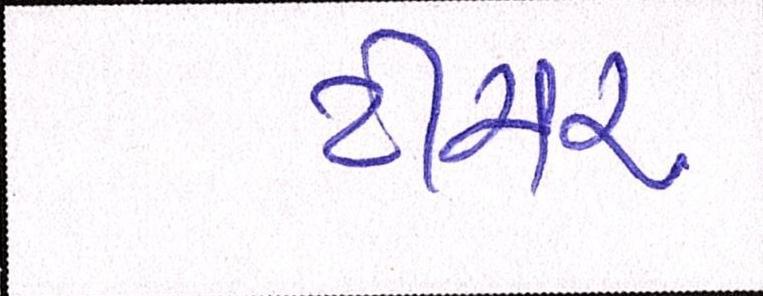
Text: ટીયર